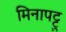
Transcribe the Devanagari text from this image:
मिनापट्टु